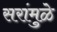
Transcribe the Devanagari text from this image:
सरांमुळे